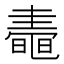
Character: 𪓤